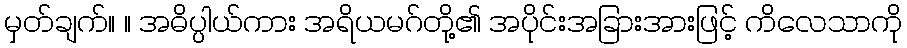
မှတ်ချက်။ ။ အဓိပ္ပါယ်ကား အရိယမဂ်တို့၏ အပိုင်းအခြားအားဖြင့် ကိလေသာကို